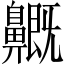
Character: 𪖺